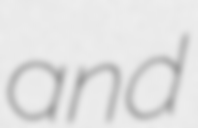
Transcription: and